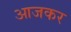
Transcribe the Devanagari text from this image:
आजकर